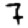
Digit: 7